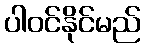
ပါဝင်နိုင်မည်